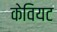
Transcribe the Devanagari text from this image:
केवियट